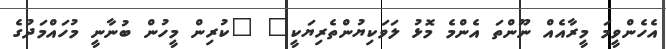
އެހެންވީމަ މީރާއެއް ނޫންތަ އެންމެ މޮޅު ލަވަކިޔުންތެރިޔަކީ" "ކުރިން މީހުން ބުނާނީ މުހައްމަދުގެ